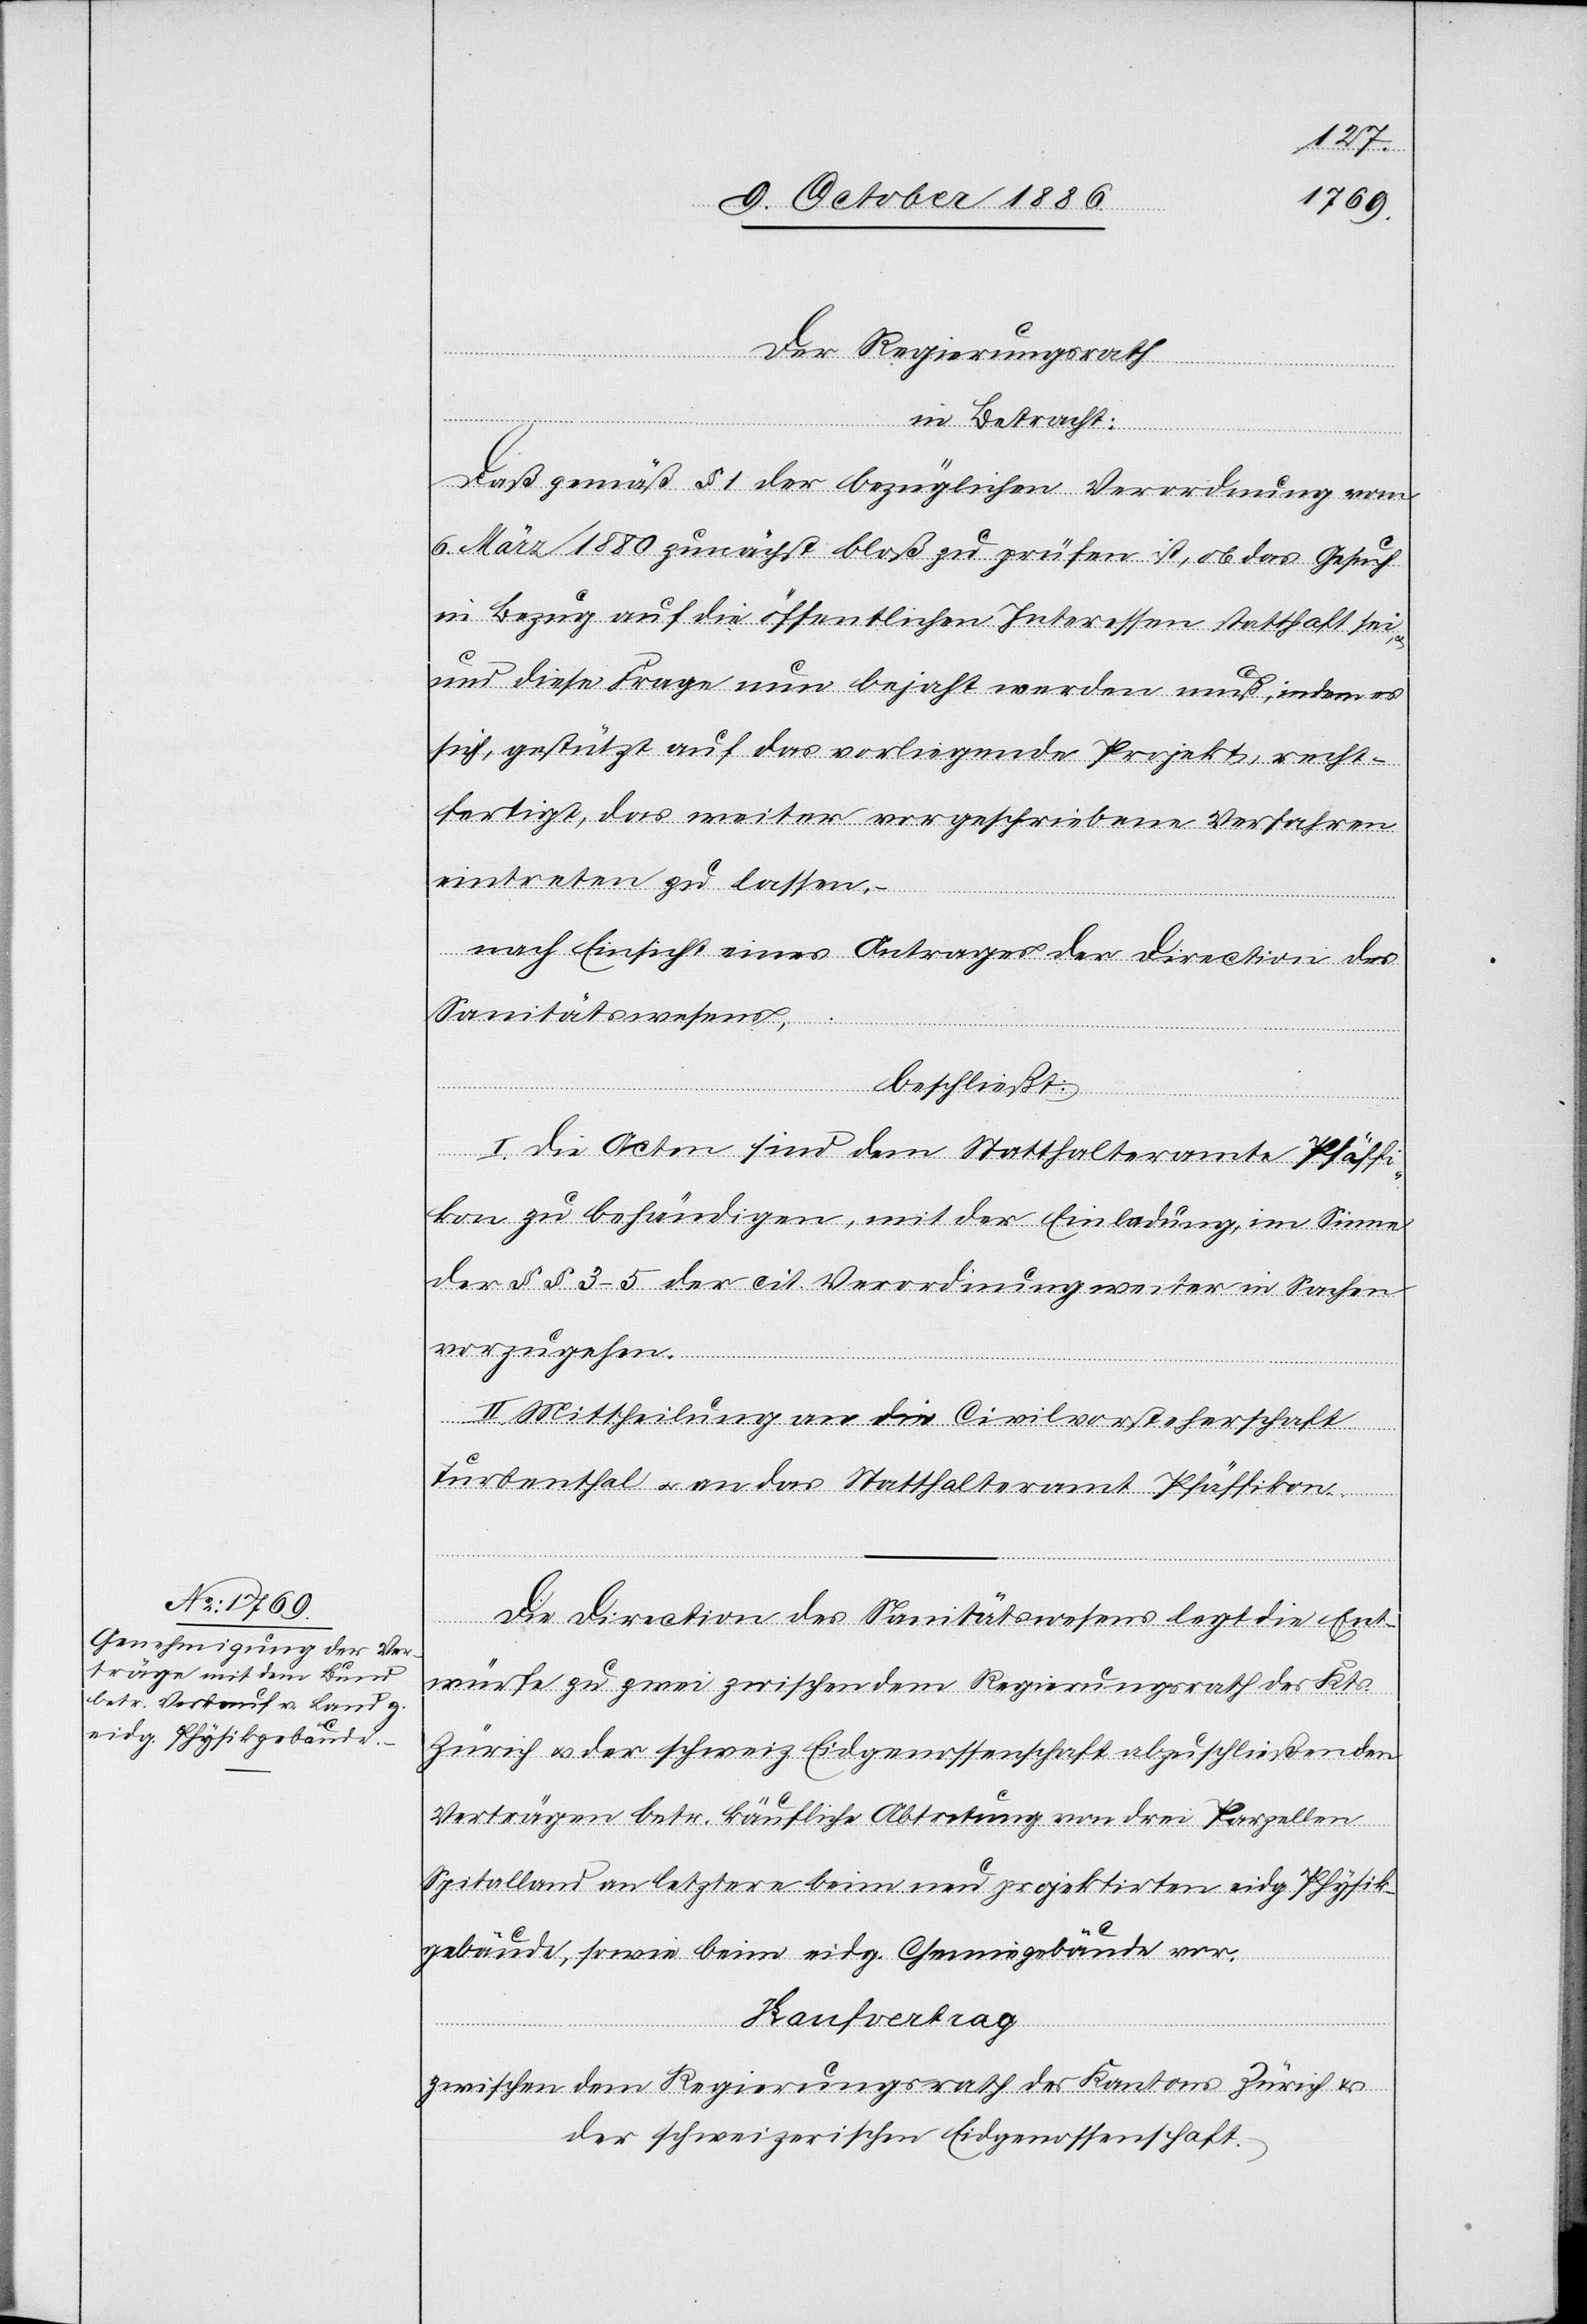
Der Regierungsrath
und
in Betracht:
Daß gemäß § 1 der bezüglichen Verordnung vom
6. März 1880 zunächst bloß zu prüfen ist, ob das Gesuch
in Bezug auf die öffentlichen Interessen statthaft sei,
diese Frage nun bejaht werden muß, indem es
sich, gestützt auf das vorliegende Projekt, recht¬
fertigt, das weiter vorgeschriebene Verfahren
eintreten zu lassen,
nach Einsicht eines Antrages der Direction des
Sanitätswesens,
beschließt:
I. Die Acten sind dem Statthalteramte Pfäffi¬
kon zu behändigen, mit der Einladung, im Sinne
der §§ 3–5 der cit. Verordnung weiter in Sachen
vorzugehen.
II. Mittheilung an die Civilvorsteherschaft
Turbenthal & an das Statthalteramt Pfäffikon.
Die Direction des Sanitätswesens legt die Ent¬
würfe zu zwei zwischen dem Regierungsrath des Kts.
Zürich & der schweiz. Eidgenossenschaft abzuschließenden
Verträgen betr. käufliche Abtretung von drei Parzellen
Spitalland an letztere beim neu projektirten eidg. Physik¬
gebäude, sowie beim eidg. Chemiegebäude vor.
Kaufvertrag
Zwischen dem Regierungsrath des Kantons Zürich &
der schweizerischen Eidgenossenschaft,